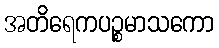
အတိရေကပဉ္စမာသကော